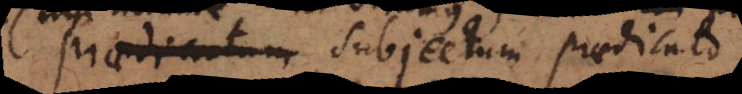
sumatur subjectum praedicato